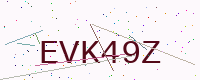
Text: EVK49Z